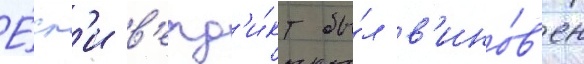
Е́сл'и в'ерд'и́кт бы́л в'ино́в'ен